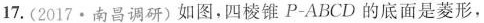
17.(2017 \cdot 南昌调研)如图，四棱锥P-ABCD的底面是菱形，